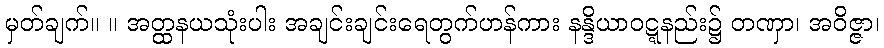
မှတ်ချက်။ ။ အတ္ထနယသုံးပါး အချင်းချင်းရေတွက်ဟန်ကား နန္ဒိယာဝဋ္ဋနည်း၌ တဏှာ၊ အဝိဇ္ဇာ၊